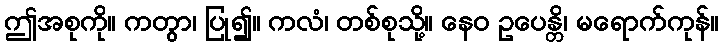
ဤအစုကို။ ကတွာ၊ ပြု၍။ ကလံ၊ တစ်စုသို့။ နေဝ ဥပေန္တိ၊ မရောက်ကုန်။